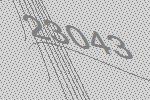
23043